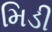
મિડી